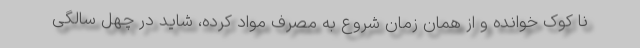
نا کوک خوانده و از همان زمان شروع به مصرف مواد کرده، شاید در چهل سالگی